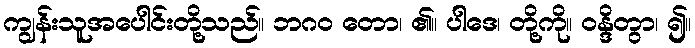
ကျွန်းသူအပေါင်းတို့သည်။ ဘဂဝ တော၊ ၏။ ပါဒေ၊ တို့ကို။ ဝန္ဒိတွာ၊ ၍။